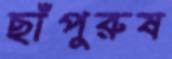
ছাঁপুরুষ